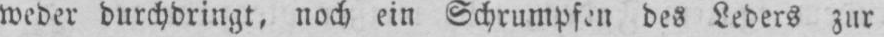
weder durchdringt, noch ein Schrumpfen des Leders zur